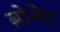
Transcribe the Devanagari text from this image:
ब्रोनेट